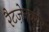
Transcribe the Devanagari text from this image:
रैटज़ेनबर्गर